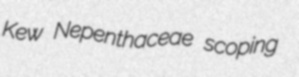
Kew Nepenthaceae scoping